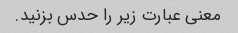
معنی عبارت زیر را حدس بزنید.